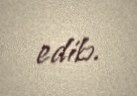
edib.